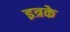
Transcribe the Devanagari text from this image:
इत्रके